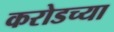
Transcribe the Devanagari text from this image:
करोडच्या